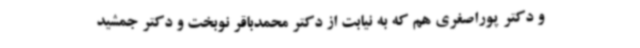
و دکتر پوراصغری هم که به نیابت از دکتر محمدباقر نوبخت و دکتر جمشید